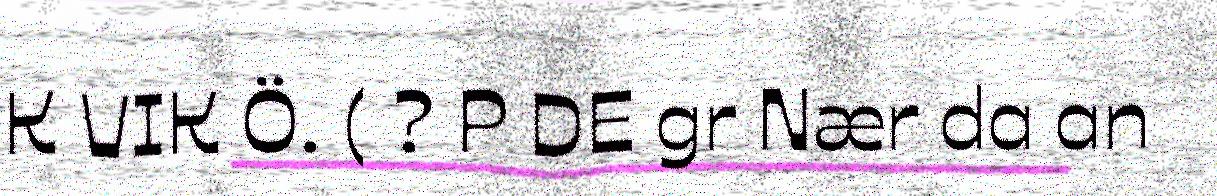
K VIK Ö. ( ? P DE gr Nær da an